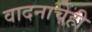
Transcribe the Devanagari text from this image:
वादनाचेही